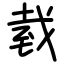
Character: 臷